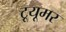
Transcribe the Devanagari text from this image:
टूयूमर